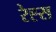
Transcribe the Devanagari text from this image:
रेह्स